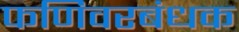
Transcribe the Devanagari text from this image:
फणिवरबंधक